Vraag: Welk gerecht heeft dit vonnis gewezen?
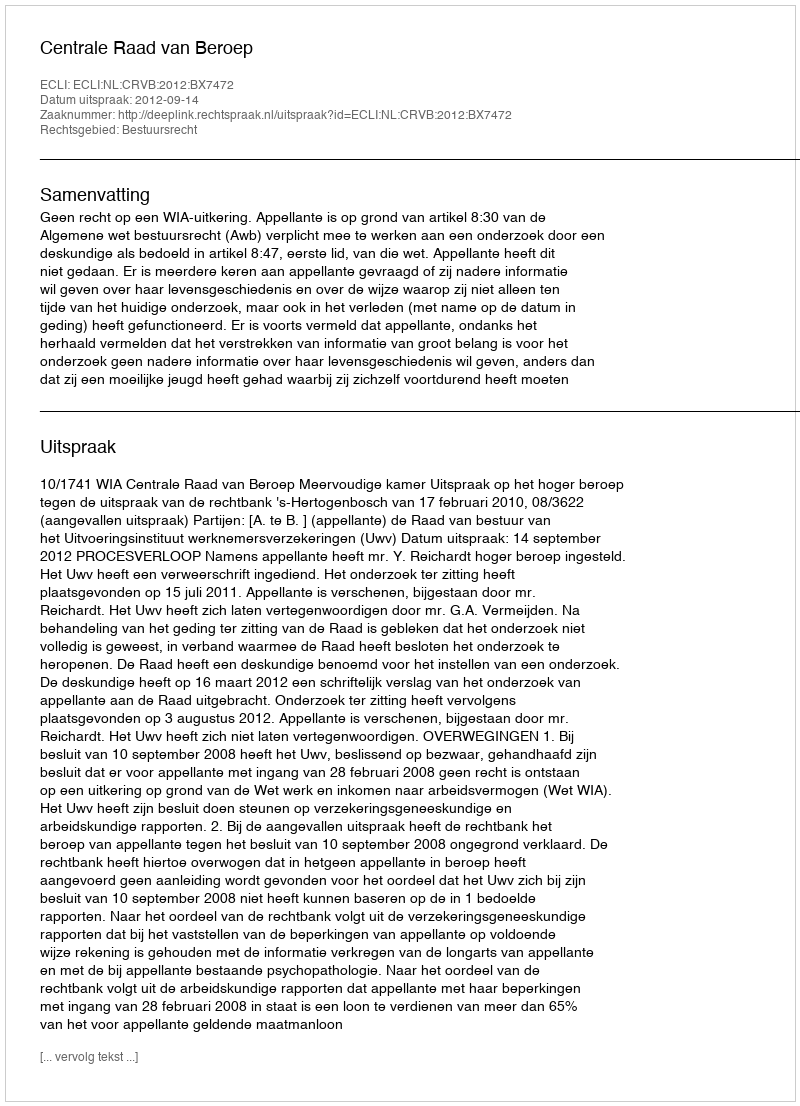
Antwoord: Centrale Raad van Beroep